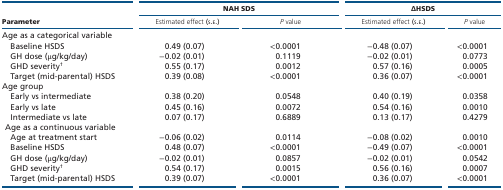
|  | <COLSPAN=2> NAH SDS | <COLSPAN=2> ∆HSDS |
 | --- | --- | --- | --- | --- |
 | Parameter | Estimated effect (s.e.) | P value | Estimated effect (s.e.) | P value |
 | Age as a categorical variable |  |  |  |  |
 | Baseline HSDS | 0.49 (0.07) | <0.0001 | −0.48 (0.07) | <0.0001 |
 | GH dose (μg/kg/day) | −0.02 (0.01) | 0.1119 | −0.02 (0.01) | 0.0773 |
 | GHD severity† | 0.55 (0.17) | 0.0012 | 0.57 (0.16) | 0.0005 |
 | Target (mid-parental) HSDS | 0.39 (0.08) | <0.0001 | 0.36 (0.07) | <0.0001 |
 | Age group |  |  |  |  |
 | Early vs intermediate | 0.38 (0.20) | 0.0548 | 0.40 (0.19) | 0.0358 |
 | Early vs late | 0.45 (0.16) | 0.0072 | 0.54 (0.16) | 0.0010 |
 | Intermediate vs late | 0.07 (0.17) | 0.6889 | 0.13 (0.17) | 0.4279 |
 | <COLSPAN=5> Age as a continuous variable |
 | Age at treatment start | −0.06 (0.02) | 0.0114 | −0.08 (0.02) | 0.0010 |
 | Baseline HSDS | 0.48 (0.07) | <0.0001 | −0.49 (0.07) | <0.0001 |
 | GH dose (μg/kg/day) | −0.02 (0.01) | 0.0857 | −0.02 (0.01) | 0.0542 |
 | GHD severity† | 0.54 (0.17) | 0.0015 | 0.56 (0.16) | 0.0007 |
 | Target (mid-parental) HSDS | 0.39 (0.07) | <0.0001 | 0.36 (0.07) | <0.0001 |